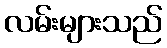
လမ်းများသည်